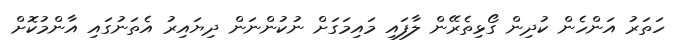
ހަތަރު އަންހެން ކުދިން ގޯޅިތެރޭން ލާފައި މައިމަގަށް ނުކުންނަން ދިޔައިރު އެތަނުގައި އާންމުކޮށް